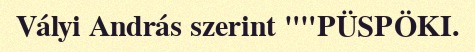
Vályi András szerint ""PÜSPÖKI.